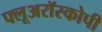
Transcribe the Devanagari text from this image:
फ्लूअरॉस्कोपी